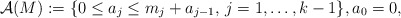
\begin{gather*}{\cal{A}}(M):= \{ 0 \le a_{j} \le m_{j}+a_{j-1}, \, j=1,\ldots, k-1 \},a_{0}=0,\end{gather*}